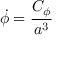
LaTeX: \dot { \phi } = { \frac { C _ { \phi } } { a ^ { 3 } } }